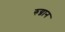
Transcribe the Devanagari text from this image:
रुग्नान